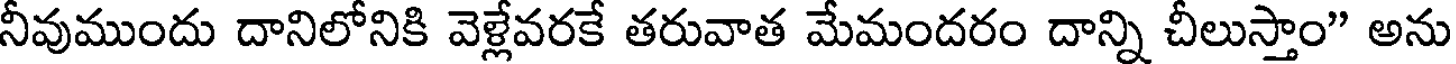
నీవుముందు దానిలోనికి వెళ్లేవరకే తరువాత మేమందరం దాన్ని చీలుస్తాం" అను